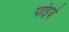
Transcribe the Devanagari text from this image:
पांइये